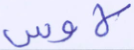
لاوس